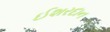
ઈશરદાન